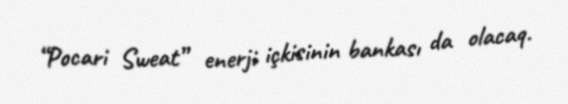
“Pocari Sweat” enerji içkisinin bankası da olacaq.